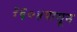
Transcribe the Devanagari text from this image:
१६०४पासून